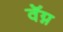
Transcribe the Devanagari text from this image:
वॅग्न